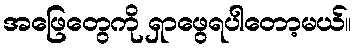
အဖြေတွေကို ရှာဖွေရပါတော့မယ်။